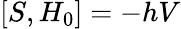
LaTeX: [S,H_{0}]=-hV